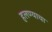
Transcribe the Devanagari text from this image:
हलण्याचा